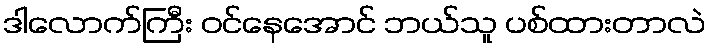
ဒါလောက်ကြီး ဝင်နေအောင် ဘယ်သူ ပစ်ထားတာလဲ